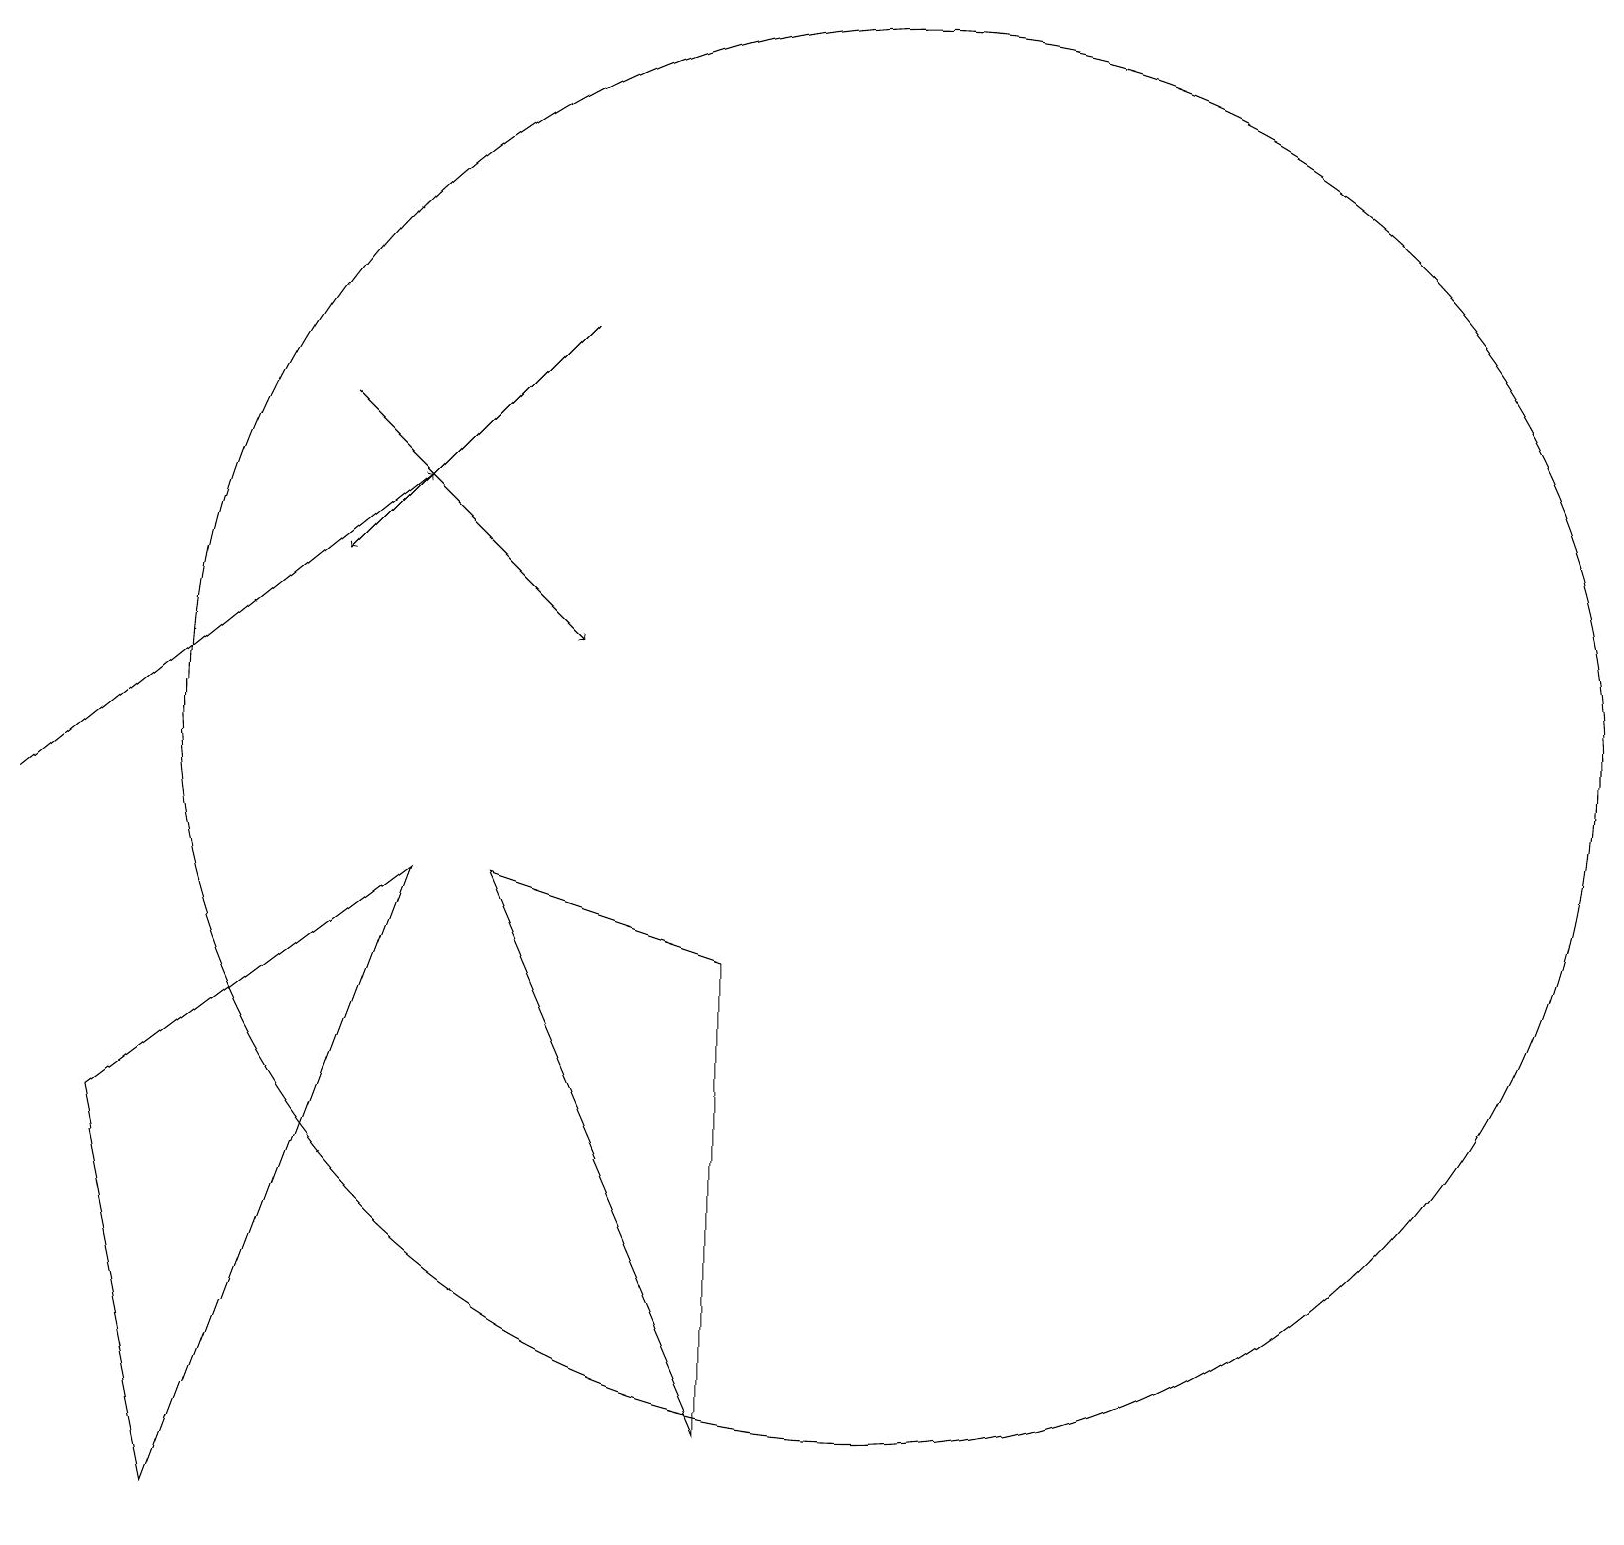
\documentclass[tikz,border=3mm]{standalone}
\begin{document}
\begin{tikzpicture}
\draw (11,11) circle (9);
\draw[->] (0,10) -- (5,14);
\draw (5,9) -- (2,1) -- (1,6) -- cycle;
\draw[->] (4,15) -- (7,12);
\draw[->] (7,16) -- (4,13);
\draw (9,8) -- (9,2) -- (6,9) -- cycle;
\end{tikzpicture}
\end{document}